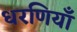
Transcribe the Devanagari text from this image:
धरणियाँ